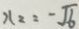
x _ { 2 } = - \sqrt { 6 }